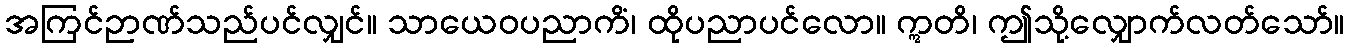
အကြင်ဉာဏ်သည်ပင်လျှင်။ သာယေဝပညာကိံ၊ ထိုပညာပင်လော။ ဣတိ၊ ဤသို့လျှောက်လတ်သော်။